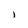
Character: i